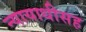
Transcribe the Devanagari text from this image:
न्यायाधीसह